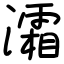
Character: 灀